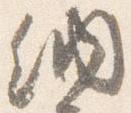
納